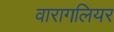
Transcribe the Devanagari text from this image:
वारागलियर